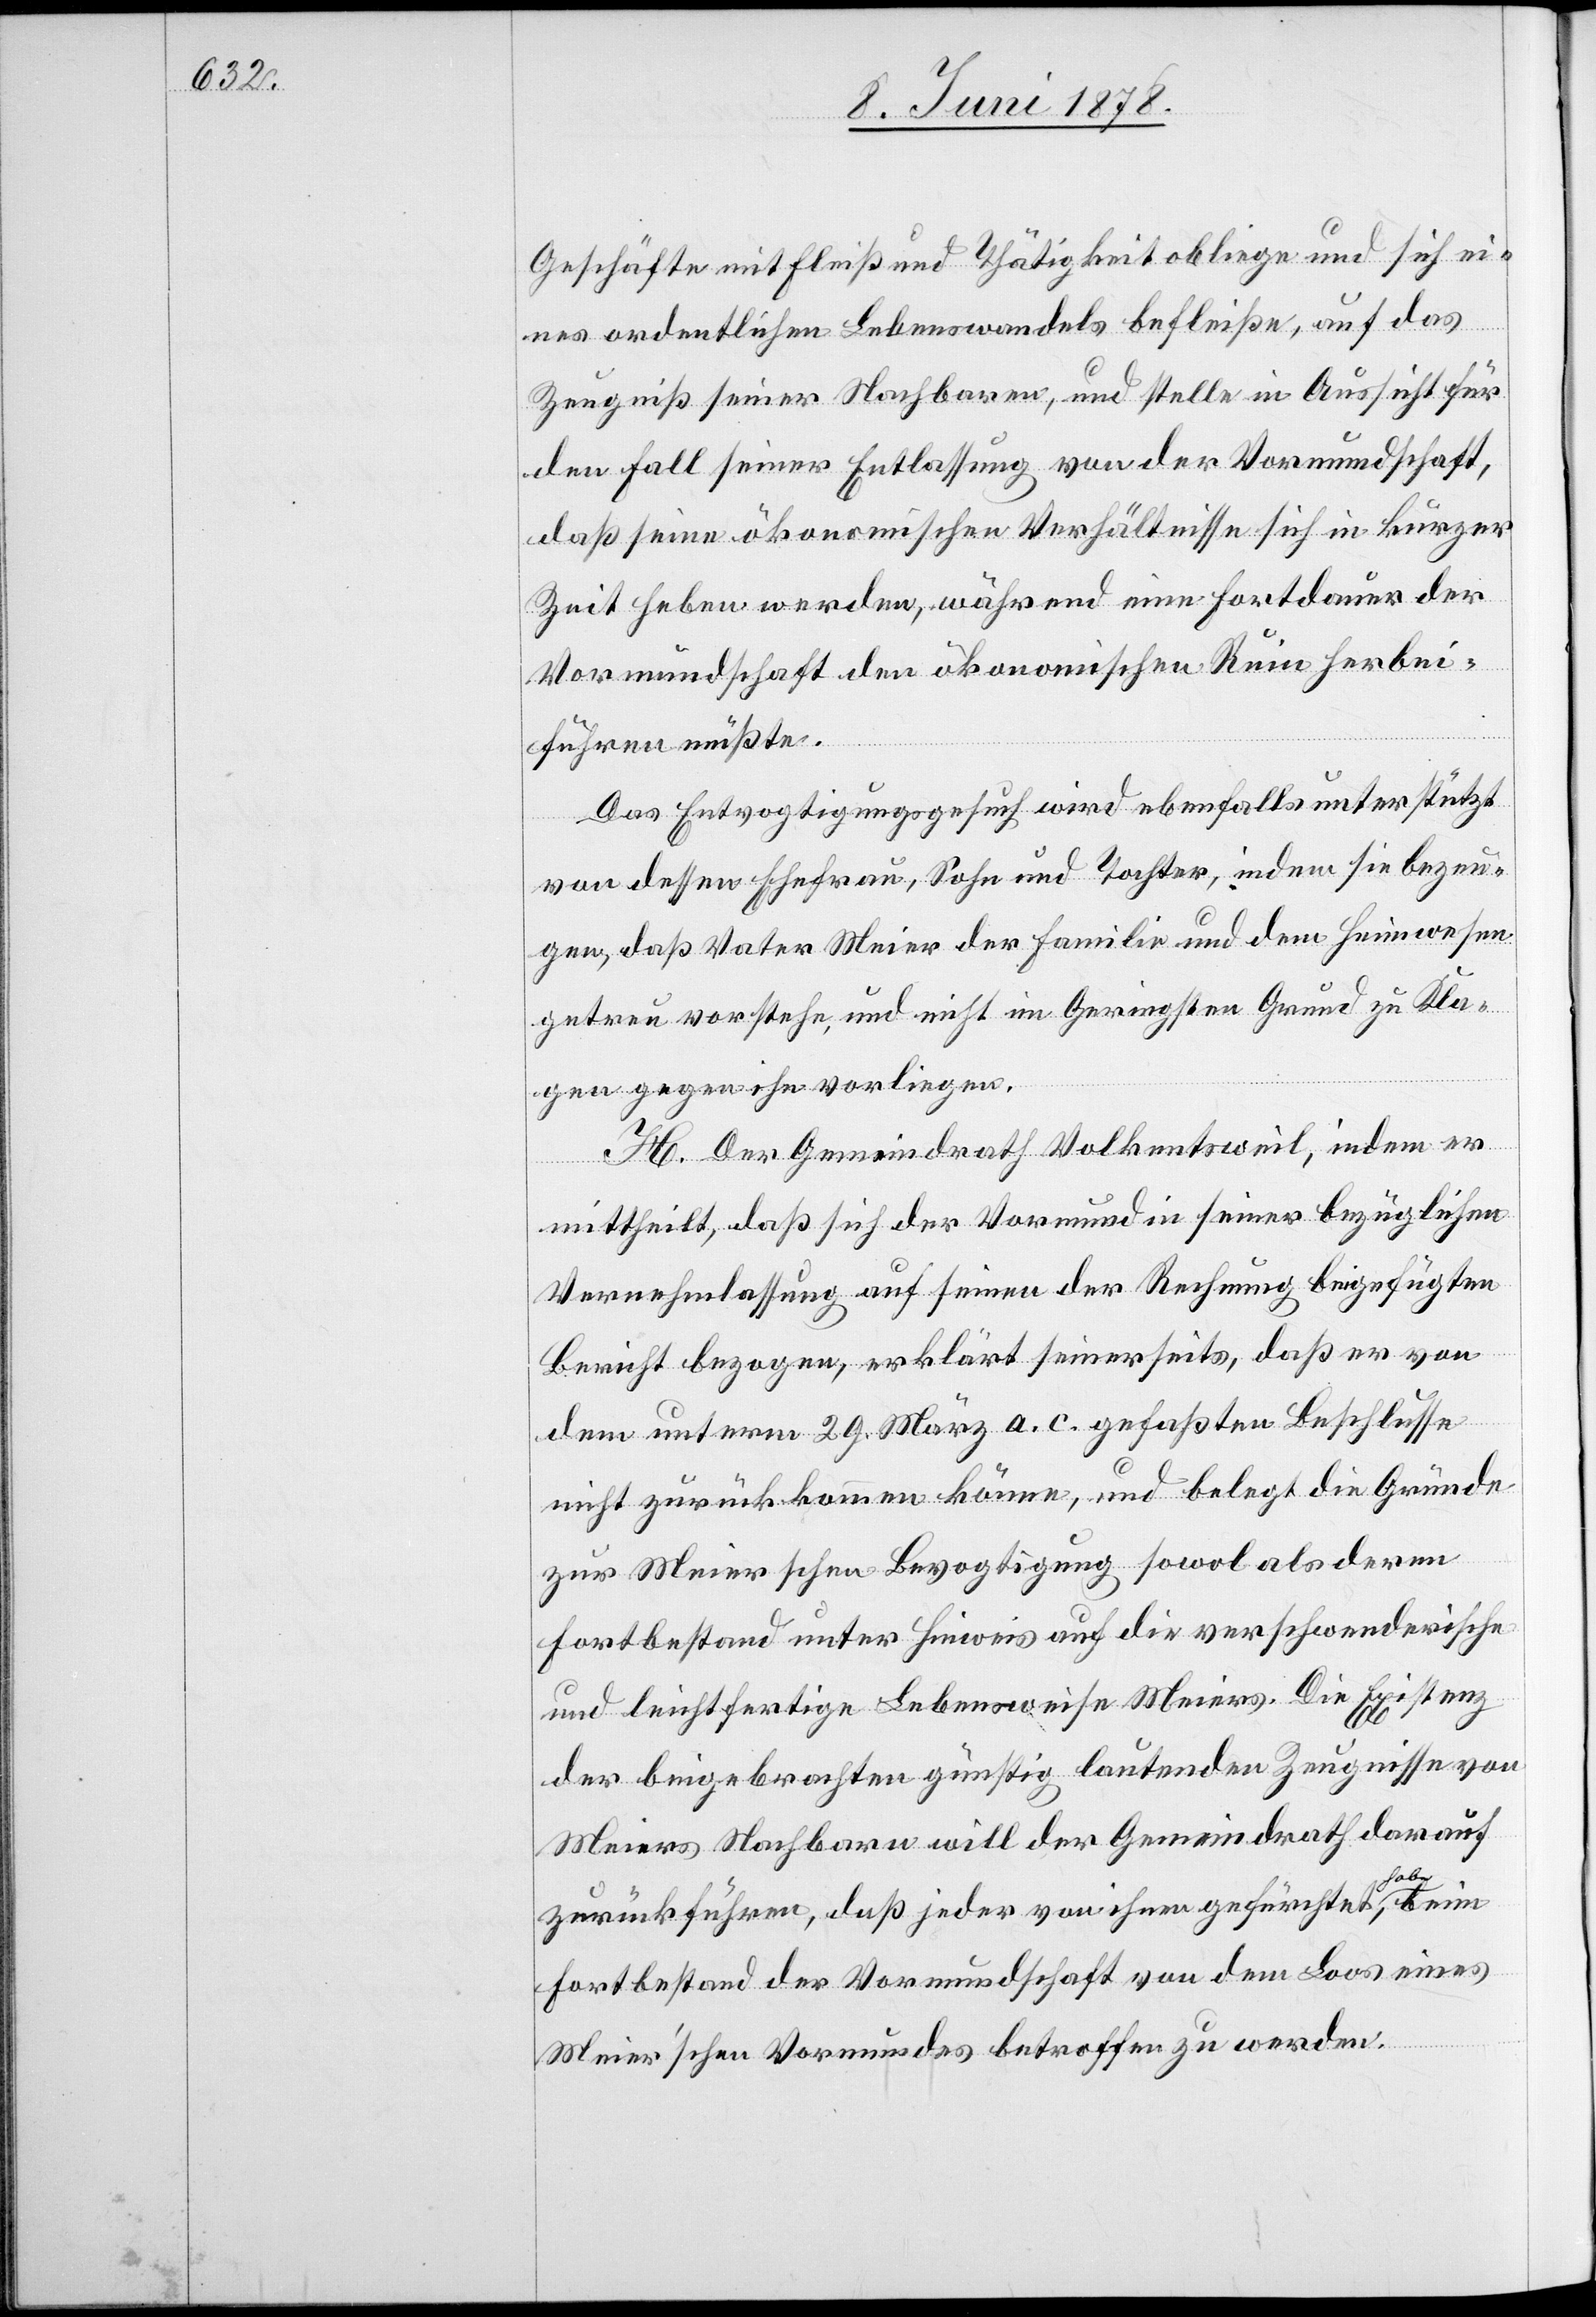
Geschäfte mit Fleiß und Thätigkeit obliege und sich ei¬
beim
nes ordentlichen Lebenswandels befleiße, auf das
Zeugniß seiner Nachbaren, und stelle in Aussicht für
den Fall seiner Entlassung von der Vormundschaft,
daß seine ökonomischen Verhältnisse sich in kurzer
Zeit heben werden, während eine Fortdauer der
Vormundschaft den ökonomischen Ruin herbei¬
führen müßte.
Das Entvogtigungsgesuch wird ebenfalls unterstützt
von dessen Ehefrau, Sohn und Tochter, indem sie bezeu¬
gen, daß Vater Meier der Familie und dem Heimwesen
getreu vorstehe, und nicht im Geringsten Grund zu Kla¬
gen gegen ihn vorliegen.
H. Der Gemeindrath Volkentsweil, indem er
mittheilt, daß sich der Vormund in seiner bezüglichen
Vernehmlassung auf seinen der Rechnung beigefügten
Bericht bezogen, erklärt seinerseits, daß er von
dem unterm 29. März a. c. gefaßten Beschlusse
nicht zurückkommen könne, und belegt die Gründe
zur Meierschen Bevogtigung sowol als deren
Fortbestand unter Hinweis auf die verschwenderische
und leichtfertige Lebensweise Meiers. Die Existenz
der beigebrachten günstig lautenden Zeugnisse von
Meiers Nachbarn will der Gemeindrath darauf
zurückführen, daß jeder von ihnen gefürchtet habe,
Fortbestand der Vormundschaft von dem Loos eines
Meier’schen Vormundes betroffen zu werden.